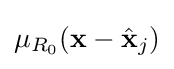
\mu _{R_{0}}(\mathbf {x} -{\hat {\mathbf {x} }}_{j})